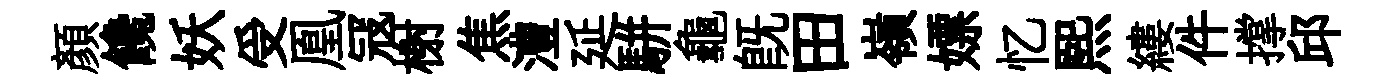
顔饞妖受凰冦榭焦澧延駢龜旣田嶺嫖忆煕縷件撑邱